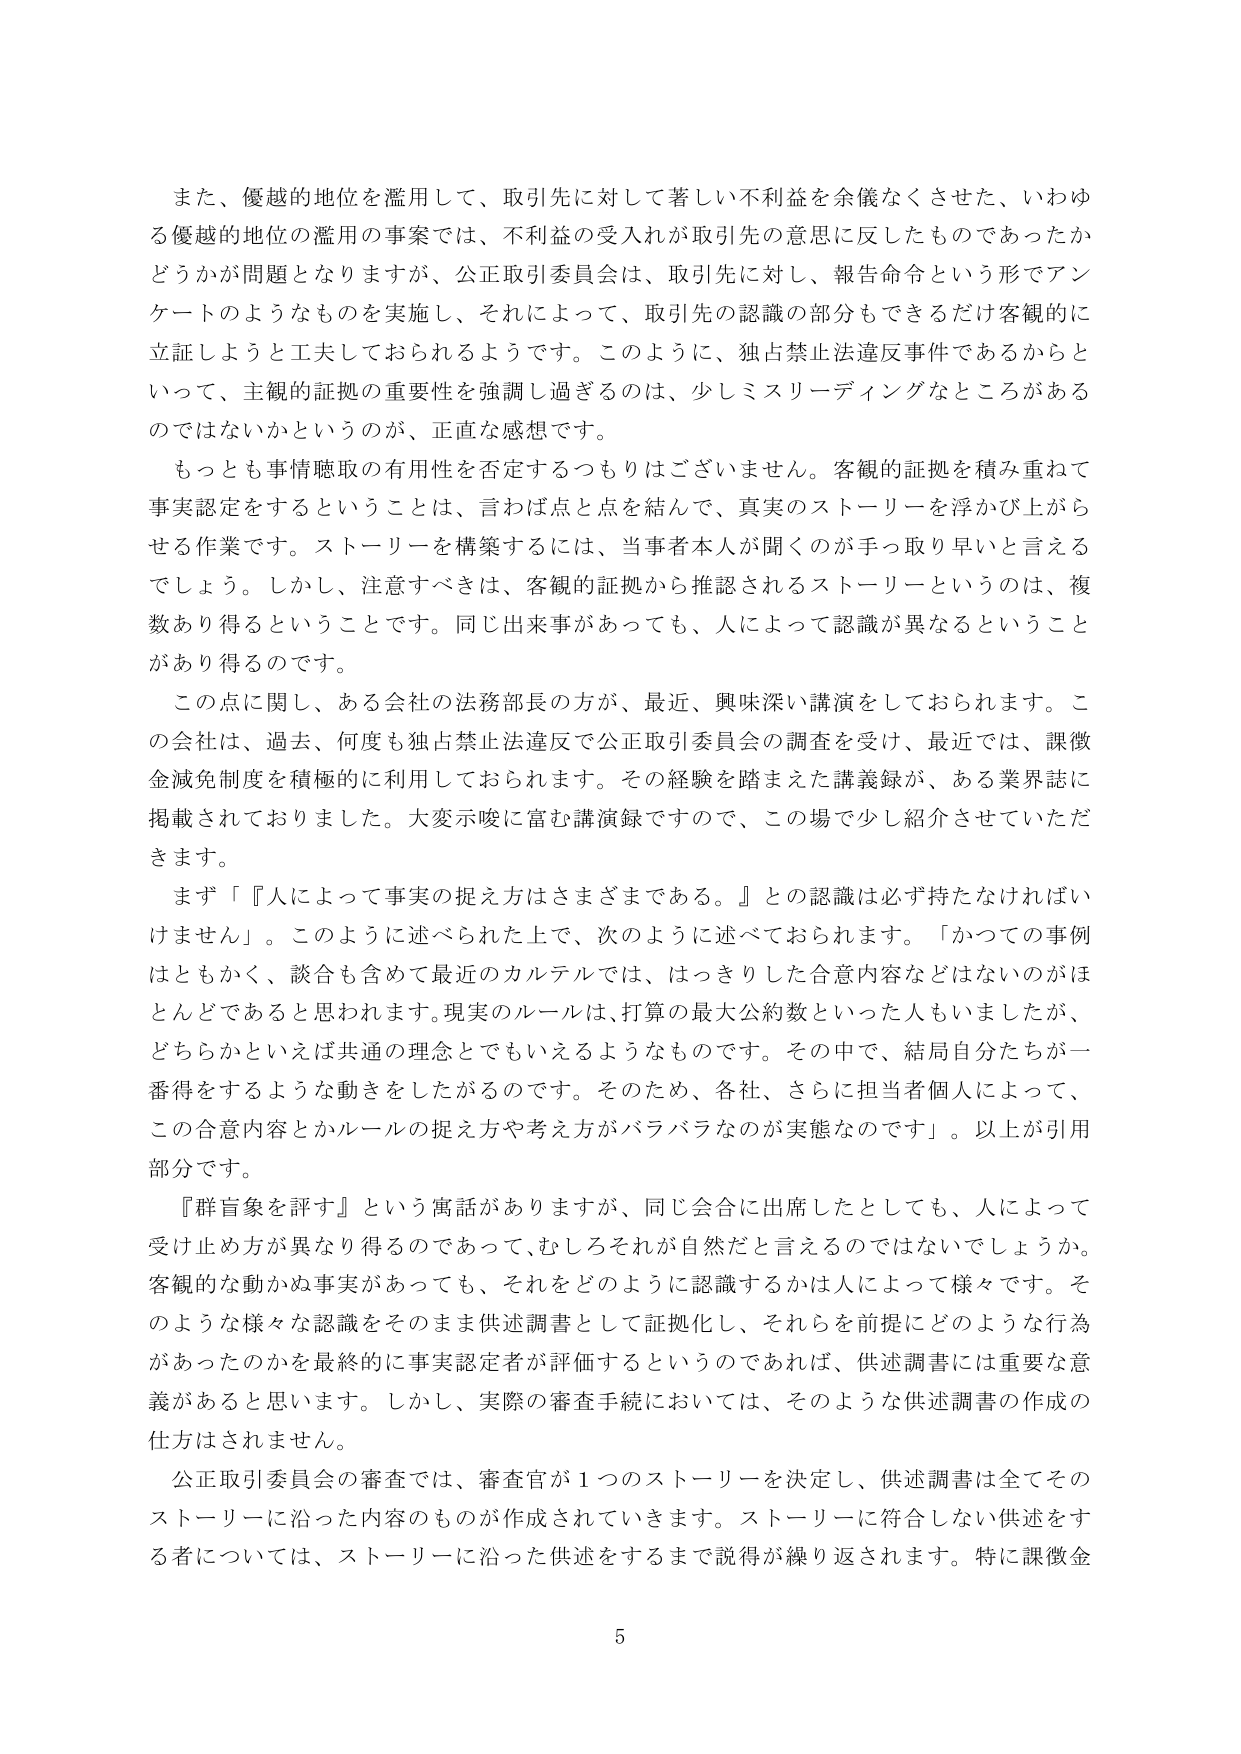
また、優越的地位を濫用して、取引先に対して著しい不利益を余儀なくさせた、いわゆる優越的地位の濫用の事案では、不利益の受入れが取引先の意思に反したものであったかどうかが問題となりますが、公正取引委員会は、取引先に対し、報告命令という形でアンケートのようなものを実施し、それによって、取引先の認識の部分もできるだけ客観的に立証しようと工夫しておられるようです。このように、独占禁止法違反事件であるからといって、主観的証拠の重要性を強調し過ぎるのは、少しミスリーディングなところがあるのではないかというのが、正直な感想です。

もっとも事情聴取の有用性を否定するつもりはございません。客観的証拠を積み重ねて事実認定をするということは、言わば点と点を結んで、真実のストーリーを浮かび上がらせる作業です。ストーリーを構築するには、当事者本人が聞くのが手っ取り早いと言えるでしょう。しかし、注意すべきは、客観的証拠から推認されるストーリーというのは、複数あり得るということです。同じ出来事があっても、人によって認識が異なるということがあり得るのです。

この点に関し、ある会社の法務部長の方が、最近、興味深い講演をしておられます。この会社は、過去、何度も独占禁止法違反で公正取引委員会の調査を受け、最近では、課徴金減免制度を積極的に利用しておられます。その経験を踏まえた講義録が、ある業界誌に掲載されておりました。大変示唆に富む講演録ですので、この場で少し紹介させていただきます。

まず「『人によって事実の捉え方はさまざまである。』との認識は必ず持たなければいけません」。このように述べられた上で、次のように述べておられます。「かつての事例はともかく、談合も含めて最近のカルテルでは、はっきりした合意内容などはないのがほとんどであると思われます。現実のルールは、打算の最大公約数といった人もいましたが、どちらかといえば共通の理念とでもいえるようなものです。その中で、結局自分たちが一番得をするような動きをしたがるのです。そのため、各社、さらに担当者個人によって、この合意内容とかルールの捉え方や考え方がバラバラなのが実態なのです」。以上が引用部分です。

『群盲象を評す』という寓話がありますが、同じ会合に出席したとしても、人によって受け止め方が異なり得るのであって、むしろそれが自然だと言えるのではないでしょうか。客観的な動かぬ事実があっても、それをどのように認識するかは人によって様々です。そのような様々な認識をそのまま供述調書として証拠化し、それらを前提にどのような行為があったのかを最終的に事実認定者が評価するというのであれば、供述調書には重要な意義があると思います。しかし、実際の審査手続においては、そのような供述調書の作成の仕方はされません。

公正取引委員会の審査では、審査官が1つのストーリーを決定し、供述調書は全てそのストーリーに沿った内容のものが作成されていきます。ストーリーに符合しない供述をする者については、ストーリーに沿った供述をするまで説得が繰り返されます。特に課徴金

5